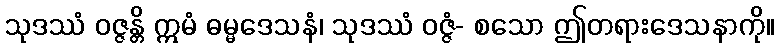
သုဒဿံ ဝဇ္ဇန္တိ ဣမံ ဓမ္မဒေသနံ၊ သုဒဿံ ဝဇ္ဇံ- စသော ဤတရားဒေသနာကို။